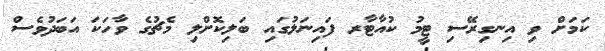
ކަމަށް ވި އިނގިރޭސި ޓީމު ކުއާޓާރ ފައިނަލުގައި ބަލިކޮށްލި މެޗުގެ ވާހަކަ އަބަދުވެސް